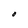
Character: O